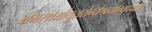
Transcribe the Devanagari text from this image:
क्षेमस्थैर्यायुरारोग्यैश्वर्याभ्युदयार्थं